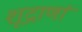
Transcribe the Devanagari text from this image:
शूद्राणां